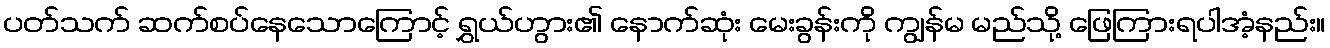
ပတ်သက် ဆက်စပ်နေသောကြောင့် ရွှယ်ဟွား၏ နောက်ဆုံး မေးခွန်းကို ကျွန်မ မည်သို့ ဖြေကြားရပါအံ့နည်း။